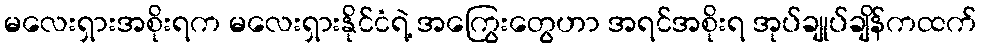
မလေးရှားအစိုးရက မလေးရှားနိုင်ငံရဲ့ အကြွေးတွေဟာ အရင်အစိုးရ အုပ်ချုပ်ချိန်ကထက်